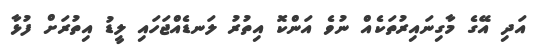
އަދި އޭގެ މާގިނައިރުތަކެއް ނުވެ އަންކޮ އިތުރު ލަނޑެއްޖަހައި ލީޑު އިތުރަށް ފުޅާ